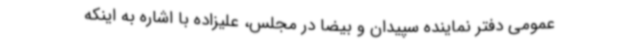
عمومی دفتر نماینده سپیدان و بیضا در مجلس، علیزاده با اشاره به اینکه